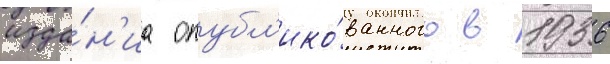
изда́н'иа опубл'ико́ванного в 1936